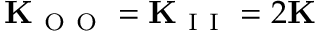
\mathbf { K } _ { \mathrm { ~ O ~ O ~ } } = \mathbf { K } _ { \mathrm { ~ I ~ I ~ } } = 2 \mathbf { K }